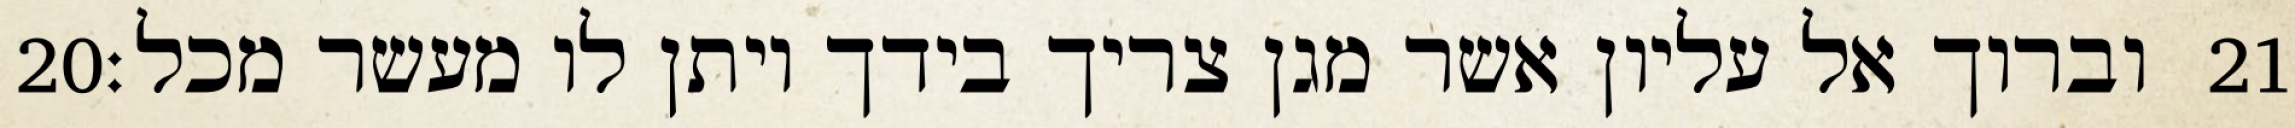
‎20‏ וברוך אל עליון אשר מגן צריך בידך ויתן לו מעשר מכל׃ ‎21‏